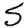
Digit: 5